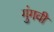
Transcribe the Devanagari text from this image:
गुंगवी